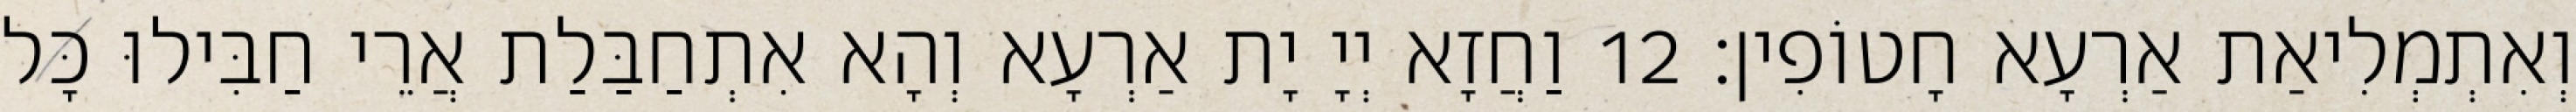
וְאִתְמְלִיאַת אַרְעָא חָטוֹפִין׃ 12 וַחֲזָא יְיָ יָת אַרְעָא וְהָא אִתְחַבַּלַת אֲרֵי חַבִּילוּ כָּל